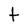
Character: t